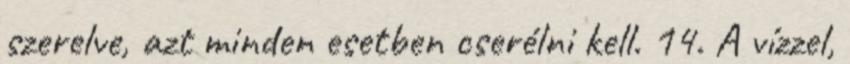
szerelve, azt minden esetben cserélni kell. 14. A vízzel,